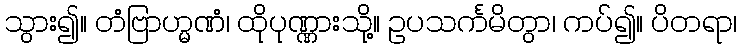
သွား၍။ တံဗြာဟ္မဏံ၊ ထိုပုဏ္ဏားသို့။ ဥပသင်္ကမိတွာ၊ ကပ်၍။ ပိတရာ၊